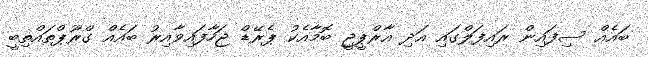
ބައެއް ސިފައިން ރައިފަލްގައި އަދި އާރްޕީޖީ ބޮމާއެކު ޕެރޭޑް ޖަހާފައިވާއިރު ބައެއް ގްރޫޕްތައްތިބީ